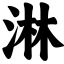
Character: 淋